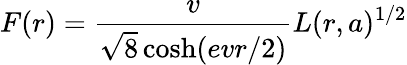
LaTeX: F(r)=\frac{v}{\sqrt 8\cosh(evr/2)}L(r,a)^{1/2}